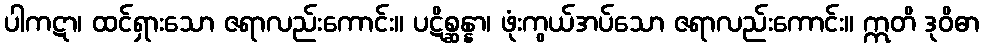
ပါကဋာ၊ ထင်ရှားသော ဇရာလည်းကောင်း။ ပဋိစ္ဆန္နာ၊ ဖုံးကွယ်အပ်သော ဇရာလည်းကောင်း။ ဣတိ ဒုဝိဓာ